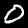
Digit: 0